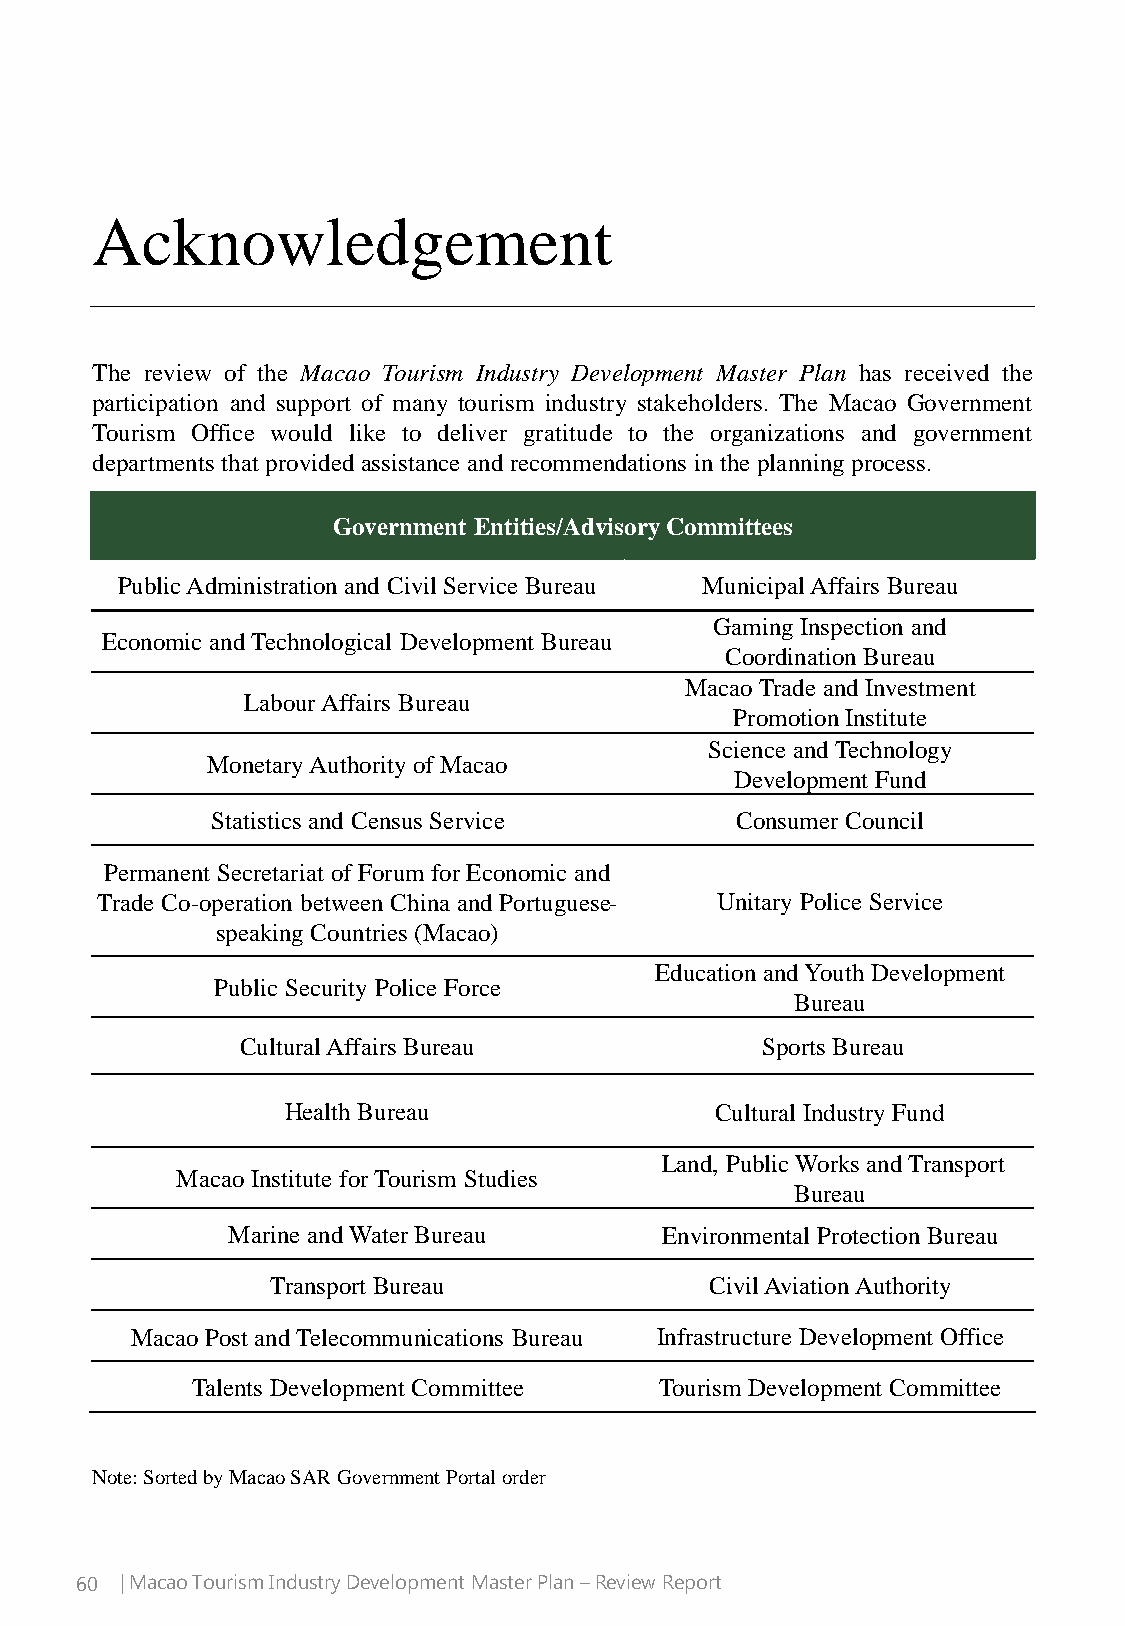
Acknowledgement
 The review of the Macao Tourism Industry Development Master Plan has received the
 participation and support of many tourism industry stakeholders. The Macao Government
 Tourism Office would like to deliver gratitude to the organizations and government
 departments that provided assistance and recommendations inthe planning process.
 Government Entities/Advisory Committees
 Public Administration and Civil Service Bureau Municipal Affairs Bureau
 Gaming Inspection and
 Economic and Technological Development Bureau
 Coordination Bureau
 Macao Trade and Investment
 Labour Affairs Bureau
 Promotion Institute
 Science and Technology
 Monetary Authority of Macao
 Development Fund
 Statistics and Census Service      Consumer Council
 Permanent Secretariat of Forum for Economic and
 Trade Co-operation between China and Portuguese- Unitary Police Service
 speaking Countries (Macao)
 Education and Youth Development
 Public Security Police Force
 Bureau
 Cultural Affairs Bureau           Sports Bureau
 Health Bureau               Cultural Industry Fund
 Land, Public Works and Transport
 Macao Institute for Tourism Studies
 Bureau
 Marine and Water Bureau      Environmental Protection Bureau
 Transport Bureau             Civil Aviation Authority
 Macao Post and Telecommunications Bureau Infrastructure Development Office
 Talents Development Committee  Tourism Development Committee
 Note: Sorted by Macao SAR Government Portal order
 60 | Macao Tourism Industry Development Master Plan –Review Report